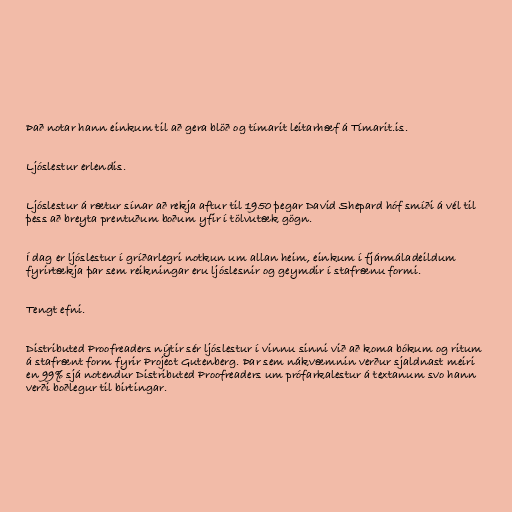
Það notar hann einkum til að gera blöð og tímarit leitarhæf á Tímarit.is.

Ljóslestur erlendis.

Ljóslestur á rætur sínar að rekja aftur til 1950 þegar David Shepard hóf smíði á vél til
þess að breyta prentuðum boðum yfir í tölvutæk gögn.

Í dag er ljóslestur í gríðarlegri notkun um allan heim, einkum í fjármáladeildum
fyrirtækja þar sem reikningar eru ljóslesnir og geymdir í stafrænu formi.

Tengt efni.

Distributed Proofreaders nýtir sér ljóslestur í vinnu sinni við að koma bókum og ritum
á stafrænt form fyrir Project Gutenberg. Þar sem nákvæmnin verður sjaldnast meiri
en 99% sjá notendur Distributed Proofreaders um prófarkalestur á textanum svo hann
verði boðlegur til birtingar.